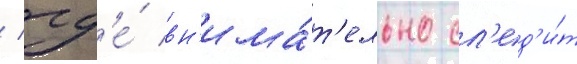
/ гд'е́ вн'има́т'ельно сл'ед'и́т